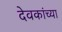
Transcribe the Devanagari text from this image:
देवकांच्या